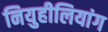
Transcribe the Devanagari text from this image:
नियुहीलियांग